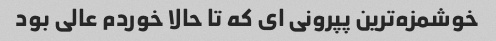
خوشمزه‌ترین پپرونی ای که تا حالا خوردم عالی بود